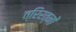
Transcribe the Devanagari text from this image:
त्रिरत्नों